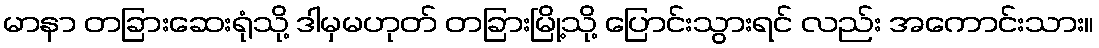
မာနာ တခြားဆေးရုံသို့ ဒါမှမဟုတ် တခြားမြို့သို့ ပြောင်းသွားရင် လည်း အကောင်းသား။